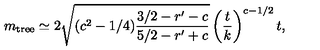
m _ { \mathrm { t r e e } } \simeq 2 \sqrt { ( c ^ { 2 } - 1 / 4 ) \frac { 3 / 2 - r ^ { \prime } - c } { 5 / 2 - r ^ { \prime } + c } } \left( \frac { t } { k } \right) ^ { c - 1 / 2 } t ,